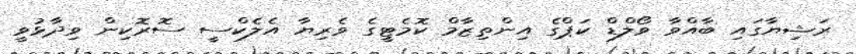
ރަޝިޔާގައި ބާއްވާ ވޯލްޑް ކަޕްގެ އިންތިޒާމް ކޮމެޓީގެ ވެރިޔާ އެލެކްސީ ސޮރޮކިން ވިދާޅުވީ